Civil Veterinary Dept. North-West Frontier Province 1933-46 - 1933-1946
Year: 1933
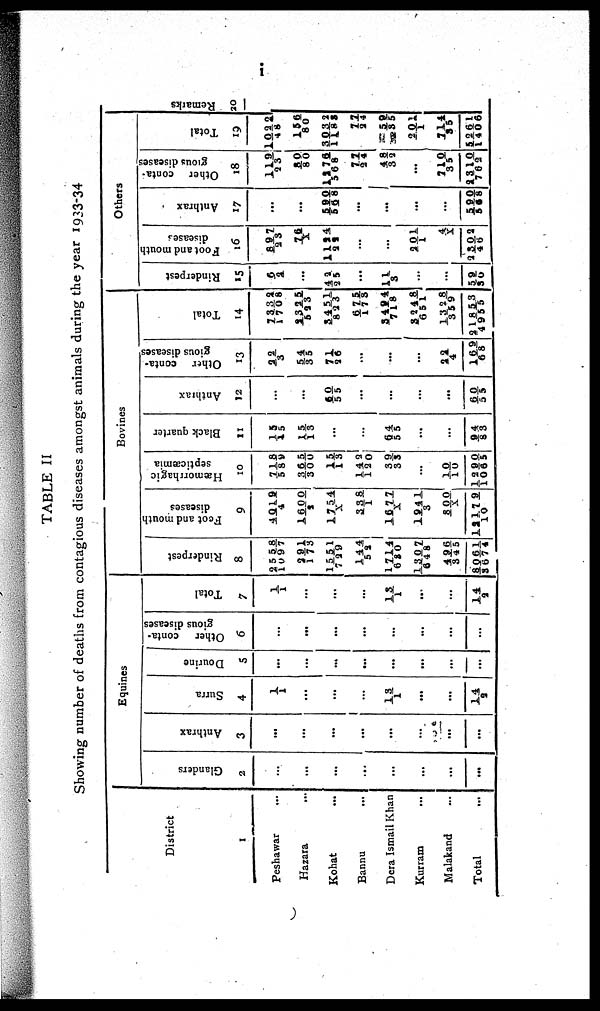
i
TABLE II
Showing number of deaths from contagious diseases amongst animals during the year 1933-34
District
1
Peshawar ...
Hazara
...
Kohat ...
Bannu
...
Dera Ismail Khan
Kurram ...
Malakand ...
Total ...
Equines
Glanders
2
...
...
...
...
...
...
...
...
Anthrax
3
...
...
...
...
...
...
...
...
Surra
4
1/ 1
...
...
...
13/1
...
...
14/2
Dourine
5
...
...
...
...
...
...
...
...
Other conta-
gious diseases
6
...
...
...
...
...
...
...
...
Total
7
1/ 1
...
...
...
13/ 1
...
...
14/2
Bovines
Rinderpest
8
2558/1097
291/173
11517/29
1445/2
17146/80
13076/48
446/345
8061/3674
Foot and mouth
diseases
9
4019/4
1600/2
1754/X
338/1
1677/X
1941/3
100/X
12179/10
Hæmorrhagic
septicæmia
10
718/589
365/300
15/13
142/120
39/33
...
10/10
1290/1065
Black quarter
11
15/15
15/13
...
...
64/55
...
...
94/83
Anthrax
12
...
...
60/55
...
...
...
...
60/55
Other conta-
gious diseases
13
22/3
54/35
71/ 26
...
...
...
22/4
169/68
Total
14
73321/708
33255/23
34518/23
6751/78
34947/18
32486/51
13283/59
218534/955
Others
Rinderpest
15
1
...
42/ 25
...
11/3
...
...
59/30
Foot and mouth
diseases
16
897/23
76/X
1194/29
...
...
201/1
4/X
2302/46
Anthrax
17
...
...
590/568
...
...
...
...
590/568
Other conta-
gious diseases
18
119/23
80/80
1276/568
77/24
48/ 32
...
710/35
2310/762
Total
19
1022/48
156/80
3032/1183
77/24
59/ 35
2011
714/35
5261/1406
Re ma r
ks
20